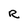
Character: R